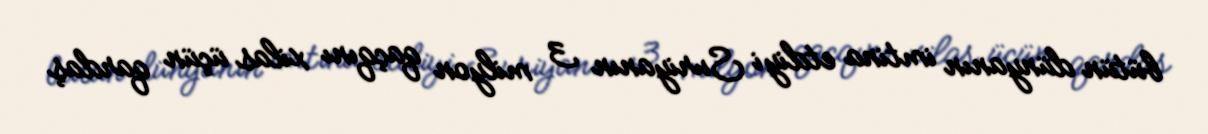
bütün dünyanın imtina etdiyi Suriyanın 3 milyon qaçqını xilas üçün qardaş